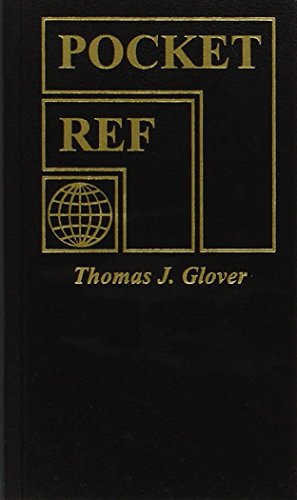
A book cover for Pocket Ref 4th Edition; Thomas Glover; Science & Math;